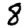
Digit: 8